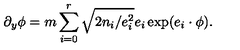
\partial _ { y } \phi = m \sum _ { i = 0 } ^ { r } \sqrt { 2 n _ { i } / e _ { i } ^ { 2 } } e _ { i } \exp ( e _ { i } \cdot \phi ) .